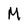
Character: M